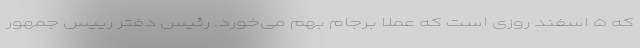
که ۵ اسفند روزی است که عملا برجام بهم می‌خورد. رئیس دفتر رییس جمهور